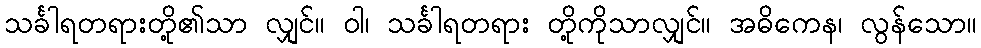
သင်္ခါရတရားတို့၏သာ လျှင်။ ဝါ၊ သင်္ခါရတရား တို့ကိုသာလျှင်။ အဓိကေန၊ လွန်သော။